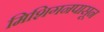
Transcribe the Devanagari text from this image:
मिशिगनपासून